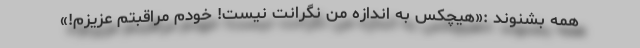
همه بشنوند :«هیچکس به اندازه من نگرانت نیست! خودم مراقبتم عزیزم!»